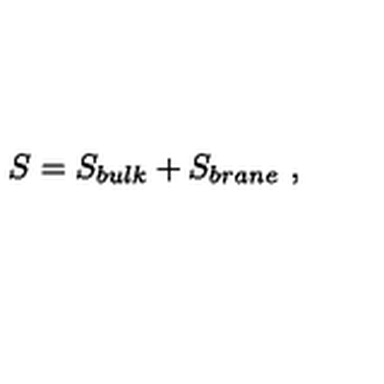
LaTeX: S = S _ { b u l k } + S _ { b r a n e } \ ,